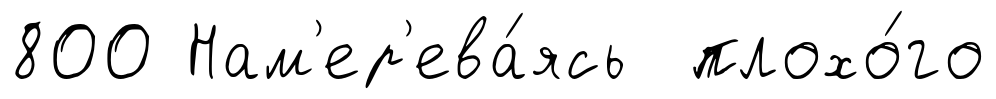
800 Нам'ер'ева́ясь плохо́го